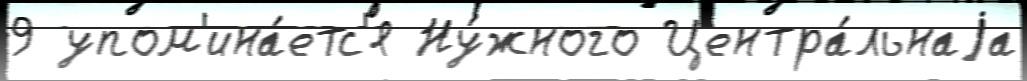
9 упом'ина́етс'я Ну́жного Центра́льнаjа